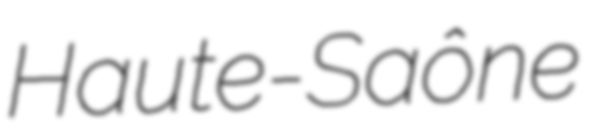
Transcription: Haute-Saône